Vital statistics of India. Vol. IV, Annual returns from 1871 to 1876. British Army of India, Native Army and jails of Bengal
Year: 1871
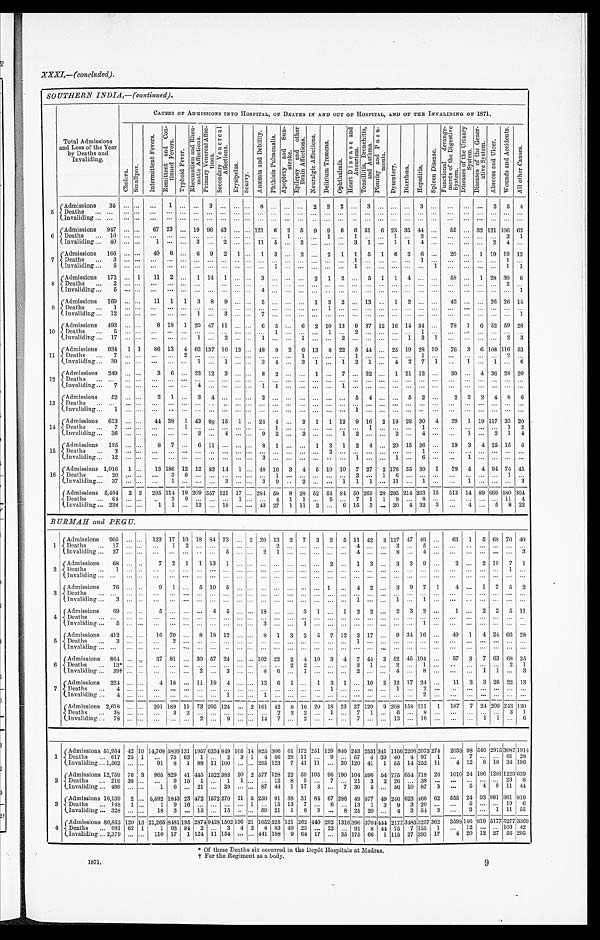
SOUTHERN INDIA,— (continued).
Tot a l Admi s s i ons a nd Los s of t he Ye a r by De a t hs a nd I nva l i di ng.
CAUSES OF ADMISSIONS INTO HOSPITAL, OF DEATHS IN AND OUT OF HOSPITAL, AND OF THE INVALIDING OF 1871.
C h o l e r a . S m a l l p o x .
I n t e r m i t t e n t F e v e r s . R e m i t t e n t a n d C o n - t i n u e d F e v e r s .
T y p h o i d F e v e r .
R h e u m a t i s m a n d R h e u - m a t i c A f f e c t i o n s . P r i m a r y V e n e r e a l A f f e c - t i o n s . S e c o n d a r y V e n e r e a l A f f e c t i o n s .Erysi pel as.Scurvy.
A n æ m i a a n d D e b i l i t y .
P h t h i s i s P u l mo n a l i s .
A p o p l e x y a n d S u n - s t r o k e .
E p i l e p s y a n d o t h e r B r a i n A f f e c t i o n s .
N e u r a l g i c A f f e c t i o n s .
D e l i r i u m T r e m e n s .
O p h t h a l m i a . H e a r t D i s e a s e a n d A n e u r i s m .T
o n s i l l i t i s , B r o n c h i t i s , a n d A s t h m a .
P l e u r i s y a n d P n e u - m o n i a .
D y s e n t e r y .
D i a r r h œ a .
Hepat i t i s.
S p l e e n D i s e a s e . F u n c t i o n a l d e r a n g e - m e n t s o f t h e D i g e s t i v e S y s t e m .
D i s e a s e s o f t h e U r i n a r y S y s t e m .
D i s e a s e s o f t h e G e n e r - a t i v e S y s t e m .
A b s c e s s a n d U l c e r .
Wo u n d s a n d Ac c i d e n t s . Al l ot her Caus es .
5 Admissions
3 5 . . . . . .
. . . 1 . . . . . . 3 . . .
... ...
8 ...
. . . . . . 2 2 2 . . .
3
. . . . . . . . .
3
. . . . . . ...
. . . 2 5 4
Deaths
. . . . . . . . .
. . . . . . . . . . . . . . . . . .
... ...
. . .
...
. . . . . . . . . . . . . . . . . .
...
. . . . . . . . .
...
. . . . . . ...
. . . . . .
... ...
Invaliding
. . . . . . . . .
. . . . . . . . . . . . . . . . . .
... ...
. . .
...
. . . . . . . . . . . . . . . . . .
...
. . . . . . . . .
...
. . . . . . ...
. . . . . .
... ...
6
Admissions
9 4 7 . . . . . .
6 7 2 3 . . . 1 9 9 6 4 3
... ...
1 2 1
6
2 5 9 9 6 6 51
6 2 3 3 5
44
. . . 5 5 ...
3 2 1 2 1
10662
Deaths
1 0 . . . . . .
. . . . . . . . . . . . . . . . . .
... ...
. . .
...
1 . . . . . . 1 . . . 1 ...
. . . 1 . . .
2
. . . . . . ...
. . . . . .
3 1
Invaliding
4 0 . . . . . .
1 . . . . . . 3 . . . 2 ... ...
1 1
5
. . . 2 . . . . . . . . . 3 1
. . . 1 1 4
. . . . . . ...
. . . 2 4 ...
7
Admissions
1 6 6 . . . . . .
4 0 6 . . . 6 9 2 1 ...
1 3
. . . 2 . . . 2 1 1 5
1 6 2 6
. . . 2 0 ...
1 1 9
19 13
Deaths
3 . . . . . .
. . . . . . . . . . . . . . . . . .
... ...
. . .
...
. . . . . . . . . . . . . . . 1 ...
. . . . . . . . .
1
. . . . . . ...
. . . . .
1 ...
Invaliding
5 . . . . . .
. . . . . . . . . . . . . . . . . .
... ...
. . .
1
. . . . . . . . . . . . . . . 1 ...
. . . . . . . . .
...
1 . . . ...
. . . . . .
1 1
8
Admissions
1 7 2 . . . 1
1 1 2 . . . 1 1 4 1 ... ...
3 ...
. . . . . . 2 1 2 . . .
5
1 1 4 ...
. . . 5 8 ...
1 2 8
30 6
Deat hs
2 . . . . . .
. . . . . . . . . . . . . . . . . .
... ...
. . .
...
. . . . . . . . . . . . . . . . . .
...
. . . . . . . . .
...
. . . . . . ...
. . . . . . 2 ...
Invaliding
5 . . . . . .
. . . . . . . . . . . . . . . . . .
... ...
4 ...
. . . . . . . . . . . . . . . . . .
...
. . . . . . . . .
...
. . . . . . ...
. . . . . .
... 1
9
Admissions
1 6 9 . . . . . .
1 1 1 1 3 8 9 ... ...
5 ...
. . . . . . 1 3 2 . . .
13
. . 1 2 ...
. . . 4 3 ...
. . . 2 6
26 14
Deaths
1 . . . . . .
. . . . . . . . . . . . . . . . . .
... ...
. . .
...
. . . . . . . . . 1 . . . . . .
...
. . . . . . . . .
...
. . . . . . ...
. . . . . .
... ...
Invaliding
1 2 . . . . . .
. . . . . . . . . 1 . . . 3 ... ...
7 ...
. . . . . . . . . . . . . . . . . .
...
. . . . . . . . .
...
. . . . . . ...
. . . . . .
... 1
1 0
Admissions
4 9 3 . . . . . .
8 1 8 1 2 0 4 7 1 1
... ...
6 5
. . . 6 2 1 0 1 3 9 37
1 2 1 6 1 4
34
. . . 7 8 1
6 5 2
59 28
Deaths
5 . . . . . .
. . . . . . . . . . . . . . . . . .
... ...
. . .
...
. . . . . . . . . 1 . . . 2 ...
. . . . . . . . .
1
. . . . . . ...
. . . . . .
... ...
Invaliding
1 7 . . . . . .
. . . . . . . . . 1 . . . 2 ... ...
1 ...
. . . 1 . . . . . . 2 . . .
...
. . . . . . 1 3
1 . . . ...
. . . . . .
2 3
1 1
Admissions
9 3 4 1 1
8 6 1 3 4 6 2 1 3 7 1 6
13 ...
4 8
9
2 6 1 3 8 2 2 5 44
. . . 2 5 1 9
28
1 0 7 6 3
6 1 0 8
11653
De a t h s
7 . . . . . .
. . . . . . 2 . . . . . . . . .
... ...
. . .
...
. . . 1 . . . . . . . . . 1 ...
. . . . . . . . .
1
. . . . . . ...
. . . . . .
2 ...
Invaliding
3 9 . . . . . .
. . . . . . . . . 1 . . . 1 ... ...
3 4
. . . 3 1 . . . 1 2 1
. . . 4 2 7
1 . . 1
. . . 1 ... 6
1 2
Admissions
2 4 9 . . . . . .
3 6 . . . 2 3 1 2 3 ... ...
8 2
. . . . . . 1 . . . 7 . . .
32
. . . 1 2 1
12
. . . 3 0 ...
4 3 6
28 20
Deaths
. . . . . . . . .
. . . . . . . . . . . . . . . . . .
... ...
. . .
...
. . . . . . . . . . . . . . . . . .
...
. . . . . . . . .
...
. . . . . . ...
. . . . . .
... ...
Invaliding
7 . . . . . .
. . . . . . . . . 4 . . . . . .
... ...
1 1
. . . . . . . . . . . . 1 . . .
...
. . . . . . . . .
...
. . . . . . ...
. . . . . .
... ...
13 Admission
5 2 . . . . . .
2 1 . . . 3 4 . . .
... ...
2 ...
. . . . . . . . . . . . . . . 5 4
. . . . . . 5 2
. . . 2 2
2 4 8 6
Deat hs
. . . . . . . . .
. . . . . . . . . . . . . . . . . .
... ...
. . .
...
. . . . . . . . . . . . . . . . . .
...
. . . . . . . . .
...
. . . . . . ...
. . . . . .
... ...
Invaliding
1 . . . . . .
. . . . . . . . . . . . . . . . . .
... ...
. . .
...
. . . . . . . . . . . . . . . 1 ...
. . . . . . . . .
..
. . . . . . ...
. . . . . .
... ...
1 4
Admissions
6 1 3 . . . . . .
4 4 3 8 1 4 3 9 8 1 5
1 ...
2 4
4
. . . 2 1 1 1 2 9 16
2 1 9 2 8
30
4 2 9 1
1 9 1 1 7
35 20
Deaths
7 . . . . . .
. . . . . . 1 . . . . . . . . .
... ...
. . .
1
. . . . . . . . . . . . . . . . . .
1
. . . . . . . . .
1
. . . . . . ...
. . . . . .
1 2
Invaliding
3 6 . . . . . .
. . . . . . . . . 2 . . . 4 ... ...
9 2
. . . 2 . . . . . . 1 2 ...
. . . 2 . . .
4
. . . . . . 1
. . . 2 1 4
1 5
Admissions
1 8 5 . . . . . .
8 7 . . . 6 1 1 . . .
... ...
8 1
. . . . . . 1 3 1 2 4
. . . 2 0 1 5
26
. . . 1 9 3
4 2 5
15 6
Deaths
3 . . . . . .
. . . . . . . . . . . . . . . . . .
... ...
. . .
...
. . . . . . . . . 2 . . . . . .
...
. . . . . . . . .
1
. . . . . . ...
. . . . . .
... ...
Invaliding
1 2 . . . . . .
. . . . . . . . . . . . . . . . . .
... ...
3 ...
. . . . . . . . . . . . . . 1 ...
. . . 1 . . .
6
. . . . . . 1
. . . . . .
... ...
16
Admissions
1 , 0 1 6 1 . . .
1 3 1 8 6 1 2 1 2 8 3 1 4
1 ...
4 8
16
3 4 5 1 0 1 0 7 27
2 1 7 6 5 5
30
1 7 9 4
4 9 4
74 45
Deaths
2 0 . . . . . .
. . . 3 6 . . . . . . . . .
... ...
. . .
1
. . . . . . . . . . . . . . . 2 ...
1 6 . . .
...
. . . . . . ...
. . . . . .
1 ...
Invaliding
3 7 . . . . . .
. . . 1 . . . . . . . . . 3 ... ...
3 9
. . 2 . . . . . . 1 1 1
. . . 1 1 . . .
1
. . . . . . 1
. . . . . .
... 3
Admissions
5 , 4 0 4 2 2
2 9 5 3 1 4 1 9 2 0 9 5 5 7 1 2 1
17 ...
2 8 4
59
8 2 8 5 2 5 4 8 4 5 0
265 2 8 2 9 5 2 1 4
263 1 5 5 1 3 14
8 9 6 6 9
580304
D e a t h s
6 4 . . . . . .
. . 3 9 . . . . . . . . .
1 ...
. . .
4
1 1 . . . 5 . . . 7 1
1 8 . . .
8
. . . . . . ...
. . . . . .
11 4
Invaliding
2 3 8 . . . . . .
1 1 . . . 1 2 . . . 1 8
... ...
4 3
27
1 1 1 2 . . . 6 1 5
3
. . . 2 0 4 32
3 . . . 4
. . . 5 8 22
BURMAH and PEGU.
1
Admissions
9 0 5 . . . . . .
1 2 3 1 7 1 0 1 8 8 4 7 3
... 2
2 0
13
2 7 3 2 5 1 1 1
42
3 1 2 7 4 7
49
. . . 6 3 1
5 6 8
70 40
Deat hs
1 7 . . . . . .
. . . 1 2 . . . . . . . . .
... ...
. . .
2
. . . . . . . . . . . . . . . 4 ...
. . . 3 . . .
5
. . . . . . ..
. . . . . .
... ...
Invaliding
2 7 . . . . . .
. . . . . . . . . . . . . . . 5 ... ...
2 1
. . . . . . . . . . . . . . . 4 ...
. . . 8 . . .
4
. . . . . . ...
. . . . . .
... 3
2
Admissions
6 8 . . . . . .
7 2 1 1 1 3 1 ... ...
. . .
...
. . . . . . . . . 2 . . . 1 3
. . . 3 3 9
. . . 2 ...
2 1 0
7 1
Deaths
1 . . . . . .
. . . . . . . . . . . . . . . . . .
... ...
. . .
...
. . . . . . . . . . . . . . . . . .
...
. . . . . . . . .
...
. . . . . . ...
. . . . . .
1 ...
Invaliding
. . . . . . . . .
. . . . . . . . . . . . . . . . . .
... ...
. . .
...
. . . . . . . . . . . . . . . . . .
...
. . . . . . . . .
...
. . . . . . ...
. . . . . .
... ...
3
Admissions
7 6 . . . . . .
9 1 . . . 5 1 0 5 ... ...
. . .
...
. . . . . . . . . 1 . . . 4 2
. . . 3 9 7
1 4 ...
1 7 5 2
Deaths
. . . . . . . . .
. . . . . . . . . . . . . . . . . .
... ...
. . .
...
. . . . . . . . . . . . . . . . . .
...
. . . . . . . . .
...
. . . . . . ...
. . . . . .
... ...
Invaliding
3 . . . . . .
. . . . . . . . . . . . . . . . . .
... ...
. . .
...
. . . . . . . . . . . . . . . . . .
1
. . . . . . 1 ...
1 . . . ...
. . . . . .
... ...
4
Admissions
6 9 . . . . . .
5 . . . . . . . . . 4 5 ... ...
1 8
...
. . . 3 1 . . . 1 2 2
. . . 2 3 2
. . . 1 ...
2 2 5 11
Deaths
. . . . . . . . .
. . . . . . . . . . . . . . . . . .
... ...
. . .
...
. . . . . . . . . . . . . . . . . .
...
. . . . . . . . .
...
. . . . . . ...
. . . . . .
... ...
Invaliding
5 . . . . . . .
. . . . . . . . . . . . . . . . . .
... ...
3 ...
. . . 1 . . . . . . . . . . . .
...
. . . . . . . . .
1
. . . . . . ...
. . . . . .
... ...
5
Admissions
4 1 2 . . . . . .
1 6 7 0 . . . 8 1 8 1 2
... ...
8 1
3 2 5 7 1 2 2 17
. . . 9 3 4
16
. . . 4 9 1
4 2 4
66 28
D e a t h s
3 . . . . . .
. . . 2 . . . . . . . . . . . .
... ...
. . .
...
. . . . . . . . . . . .
1 ...
. . . . . . . . .
...
. . . . . . ...
. . . . . .
... ...
Invaliding
. . . . . . . . .
. . . . . . . . . . . . . . . . . .
... ...
. . .
...
. . . . . . . . . . . . . . . . . .
...
. . . . . . . . .
...
. . . . . . ...
. . . . . .
... ...
6
Admissions
8 6 4 . . . . . .
3 7 8 1 . . . 3 0 5 7 2 4
... ...
1 0 2
22
2 4 1 0 3 4 7 44
3 5 2 4 5
104 . . . 5 7 3
7 6 3
68 35
Deat hs
1 3 * . . . . . .
. . . . . . . . . . . . . . . . . .
... ...
. . .
...
2 2 . . . . . . . . . 2 1
. . . 2 . . .
1
. . . . . ...
. . . . . .
2 1
Invaliding
3 9 † . . . . . .
. . . . . . . . . 2 . . . 3 ... ...
8 6
. . . 1 . . . . . . . . . 2 ...
. . . 4 . . .
8
. . . . . . ...
1 1 ... 3
7 Admissions
2 2 4 . . . . . .
4 1 8 . . . 1 1 1 9 4 ... ...
1 3
6
1 . . . 1 3 1 . . .
10
3 1 2 1 7
24
. . . 1 1 2
3 2 6
22 13
Deaths
4 . . . . . .
. . . . . . . . . . . . . . . . . .
... ...
. . .
...
. . . . . . . . . 1 . . . . . .
...
. . . 1 . . .
2
. . . . . . ...
. . . . . .
... ...
Invaliding
4 . . . . . .
. . . . . . . . . . . . . . 1 ... ...
1 ...
. . . . . . . . . . . . . . . . . .
...
. . . . . . . . .
2
. . . . . . ...
. . . . . .
... ...
Admissions
2 , 6 1 8 . . . . . .
2 0 1 1 8 9 1 1 7 3 2 0 5 1 2 4
... 2
1 6 1
42
8 1 6 2 0 1 8 2 3 2 7
120 9 2 0 8 1 5 8
211 1 1 8 7 7
2 4 2 0 0
243130
Deaths
3 8 . . . . . . .
. . . 3 2 . . . . . . . . .
... ...
. . .
2
2 2 . . . 1 . . . 7 1
. . . 6 . . .
8
. . . . . . ...
. . . . . .
3 1
Invaliding
7 8 . . . . . .
. . . . . . . . . 2 . . . 9 ... ...
1 4
7
. . . 2 . . . . . . . . 7 ...
. . . 1 3 . . .
16
. . . . . . ...
1 1 ...
1
Admissions
5 1 , 9 5 4 4 2 1 0
1 4 , 7 0 8 5 8 0 9 1 3 1 1 9 5 7 6 3 3 4 8 4 9
10514 8 2 5
306 6 1 1 7 2 2 5 1 1 2 9 8 4 0 2 4 3
2531 3 4 1 1 1 5 6 2 2 0 6
2073 2 7 4
2 0 3 3
98
5 4 0 2 9 1 5
30871914
Deaths
6 1 7 2 5 1
. . . 7 5 6 3 1 . . . 2 3 1
4 56
2 8 1 1 . . . 9 . . . 5 7
4
3 9 4 0 4 97
1
. . .
7
. . . . . .
61 28
Invaliding
1 , 5 6 2 . . . . . .
9 1 8 1 8 8 1 1 1 0 0
... ...
2 9 5
123 7 4 1 1 1 . . . 2 0 1 2 0
41
1 5 5 1 4
252 1 1 1
4 12
8 1 8
34 196
2
Admissions
1 2 , 7 5 9 7 6 3
9 6 5 8 2 9 4 1 4 4 5 1 5 2 2
3 8 3 20 2
5 7 7
128 2 2 5 9 1 0 5 9 6 1 9 0 1 0 4
596 5 4 7 7 5 6 5 4
718 2 6
1 0 1 0
24
1 8 6 1 2 8 1
1229639
D e a t h s
2 1 6 3 6 . . .
. . . 9 1 5 1 . . . 1 1 ...
. . .
12
8 5 . . . 7 . . . 2 1
3
2 2 6 . . .
38
. . .
. . .
...
. . . . . .
23 8
Invaliding
4 8 9 . . . . . .
1 6 . . . 2 1 . . . 3 9
... ...
8 7
44
1 1 7 3 . . . 7 3 0
5
. . . 5 6 1 0
87
3
. . .
5
4 8 11 44
3
Admissions
1 6 , 1 3 9 2 . . .
5 , 5 9 2 1 8 4 3 2 3 4 7 2 1 5 7 2 2 7 0
11 5
2 5 0
91
3 8 3 1 8 4 6 7 2 8 6 4 9
577 4 9 2 4 6 6 2 3
466 6 2
5 5 5
24
9 3 9 8 1
961816
D e a t h s
1 4 8 1 . . .
1 9 1 6 . . . . . . . . .
... 1
. . .
15
1 3 7 . . . 6 . . . 1 3
1
3 9 3 20
. . .
. . .
5
. . . . . .
19 6
Invaliding
3 2 8 . . . . . .
1 8 3 3 . . . 1 5 . . . 1 5
... ...
5 9
21
1 6 3 . . . 8 2 5
20
. . . 4 3 54
3
. . .
3
. . . 1 11 55
4
Admissions
8 0 , 8 5 2 1 2 0 1 3
2 1 , 2 6 5 8 4 8 1 1 9 5 2 8 7 4 9 4 2 8 1 5 0 2
13621 1 6 5 2
525 1 2 1 2 6 2 4 4 0 2 9 2 1 3 1 6 3 9 6
3704 4 4 4 2 1 7 7 3 4 8 3
3257 3 6 2
3 5 9 8
146 8 1 9 5 1 7 7
52773369
D e a t h s
9 8 1 6 2 1
1 9 3 9 4 2 . . . 3 4 2
4 83
4 9 2 3 . . . 2 2 . . . 9 1
8
4 4 7 5 7 155 1
. . .
12
. . . . . .
10342
Invaliding
2 , 3 7 9 . . . . . .
1 1 0 1 7 1 1 2 4 1 1 1 5 4
... ...
4 4 1
188 9 6 4 1 7 . . . 3 5 1 7 5
66
1 1 1 5 2 7
393 1 7
4 20
1 2 2 7
56 295
* Of these Deaths six occurred in the Depôt Hospitals at Madras.
† F o r t h e R e g i m e n t a s a b o d y .
1871.
9